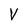
Character: V